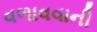
વળાવવાની